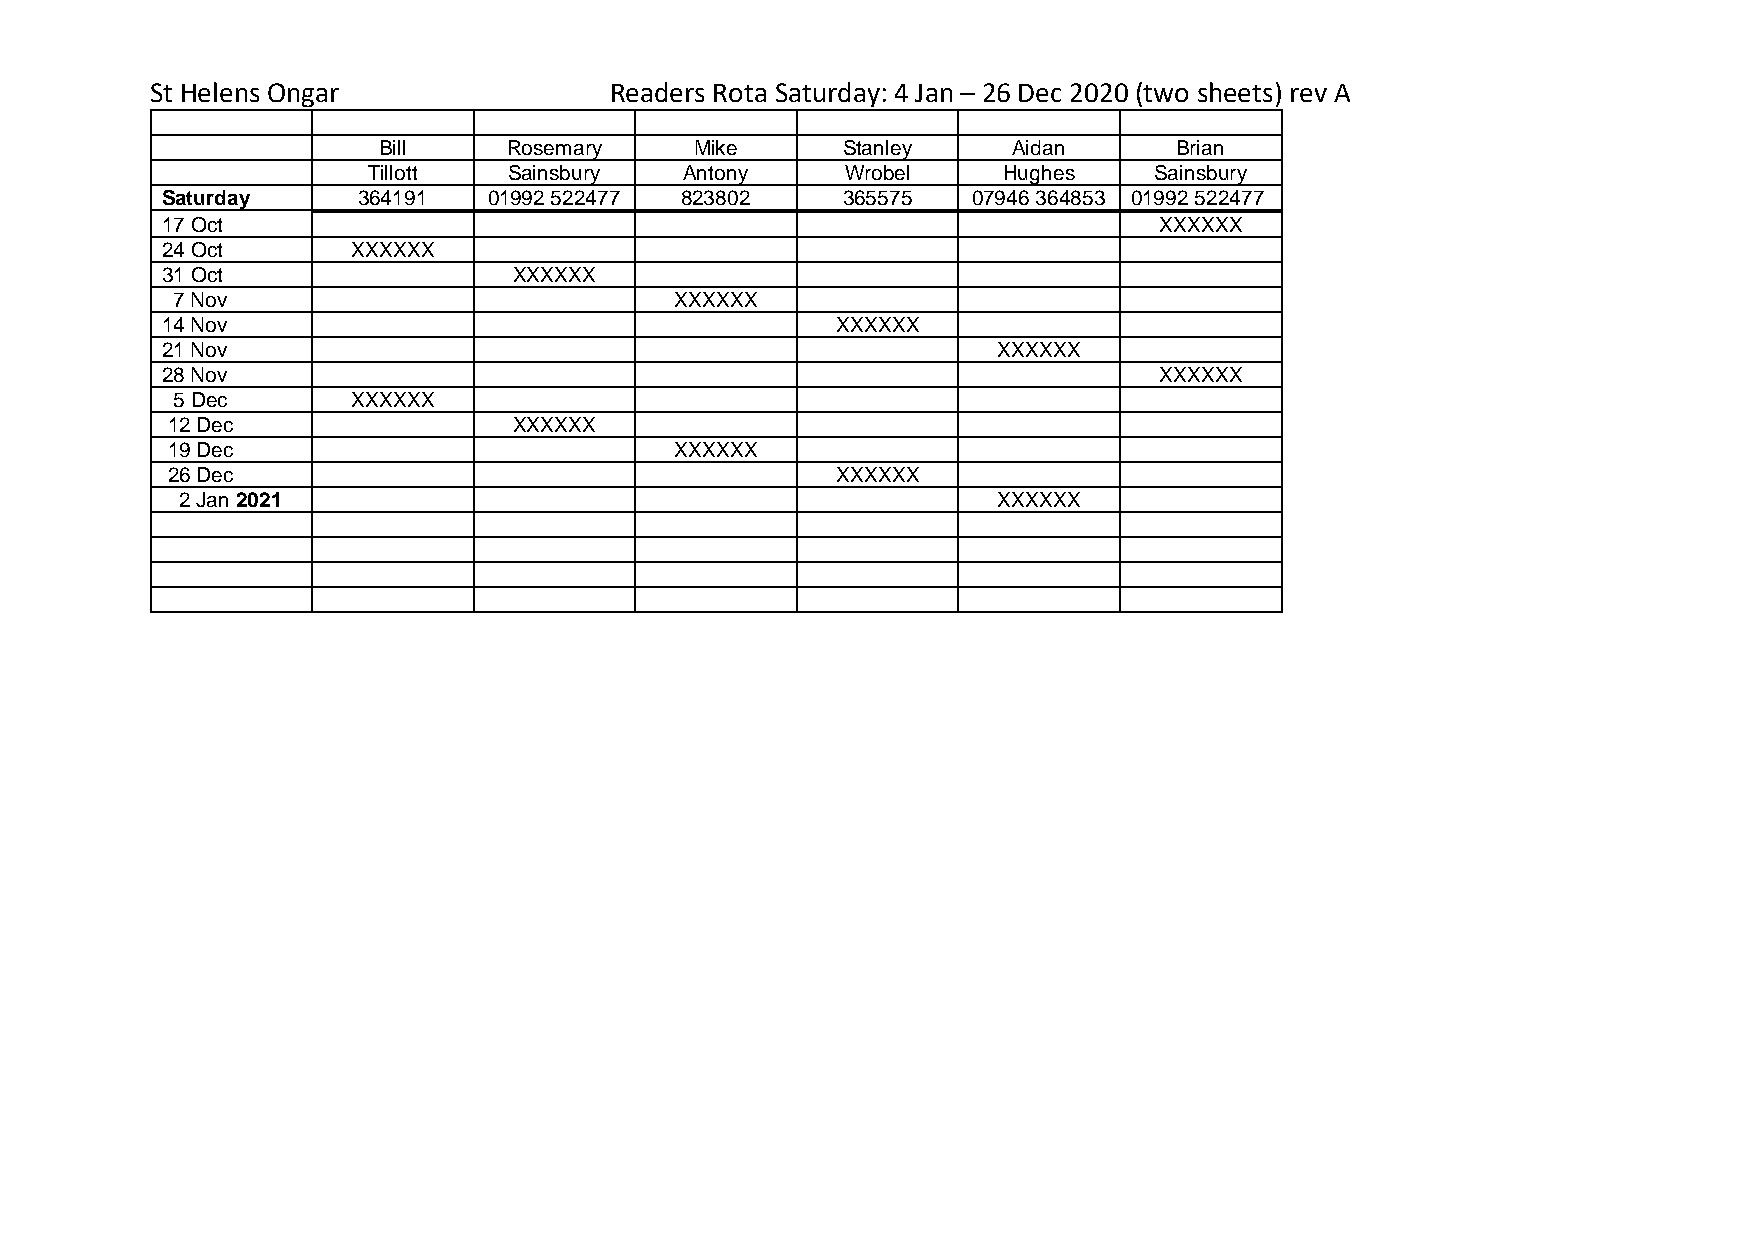
St Helens Ongar               Readers Rota Saturday: 4 Jan – 26 Dec 2020 (two sheets) rev A
 Bill     Rosemary    Mike      Stanley    Aidan      Brian
 Tillott   Sainsbury  Antony     Wrobel    Hughes    Sainsbury
 Saturday     364191  01992 522477 823802     365575  07946 364853 01992 522477
 17 Oct                                                            XXXXXX
 24 Oct      XXXXXX
 31 Oct                 XXXXXX
 7 Nov                             XXXXXX
 14 Nov                                      XXXXXX
 21 Nov                                                 XXXXXX
 28 Nov                                                            XXXXXX
 5 Dec       XXXXXX
 12 Dec                 XXXXXX
 19 Dec                            XXXXXX
 26 Dec                                      XXXXXX
 2 Jan 2021                                            XXXXXX